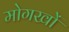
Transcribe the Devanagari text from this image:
मोगखों